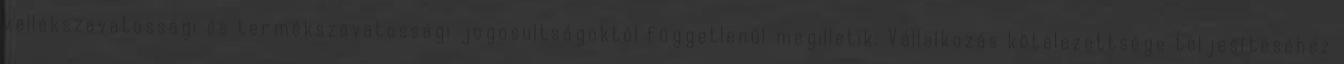
kellékszavatossági és termékszavatossági jogosultságoktól függetlenül megilletik. Vállalkozás kötelezettsége teljesítéséhez